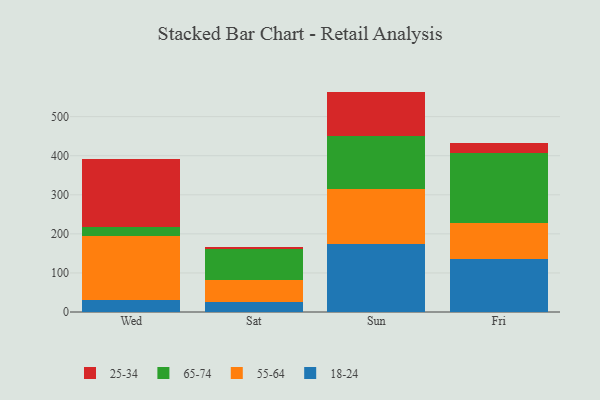
{"axis": {"x": "Day", "y": "Temperature (°C)"}, "legend": ["18-24", "25-34", "55-64", "65-74"], "data": [{"x": "Wed", "y": 30.3, "type": "18-24"}, {"x": "Wed", "y": 165.4, "type": "55-64"}, {"x": "Wed", "y": 22.0, "type": "65-74"}, {"x": "Wed", "y": 174.8, "type": "25-34"}, {"x": "Sat", "y": 26.5, "type": "18-24"}, {"x": "Sat", "y": 56.0, "type": "55-64"}, {"x": "Sat", "y": 77.7, "type": "65-74"}, {"x": "Sat", "y": 6.2, "type": "25-34"}, {"x": "Sun", "y": 175.2, "type": "18-24"}, {"x": "Sun", "y": 139.8, "type": "55-64"}, {"x": "Sun", "y": 134.8, "type": "65-74"}, {"x": "Sun", "y": 114.3, "type": "25-34"}, {"x": "Fri", "y": 135.7, "type": "18-24"}, {"x": "Fri", "y": 92.8, "type": "55-64"}, {"x": "Fri", "y": 178.6, "type": "65-74"}, {"x": "Fri", "y": 25.6, "type": "25-34"}]}